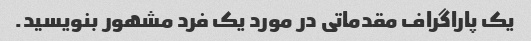
یک پاراگراف مقدماتی در مورد یک فرد مشهور بنویسید.